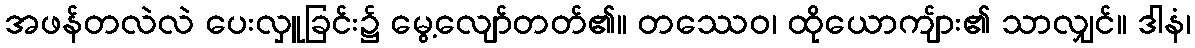
အဖန်တလဲလဲ ပေးလှူခြင်း၌ မွေ့လျော်တတ်၏။ တဿေဝ၊ ထိုယောကျ်ား၏ သာလျှင်။ ဒါနံ၊